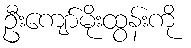
ဦးကျော်မိုးထွန်းကို